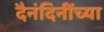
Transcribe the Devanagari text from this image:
दैनंदिनींच्या